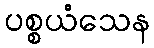
ပစ္စယံသေန